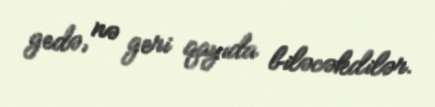
gedə, nə geri qayıda biləcəkdilər.